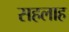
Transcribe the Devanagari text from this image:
सहलाह